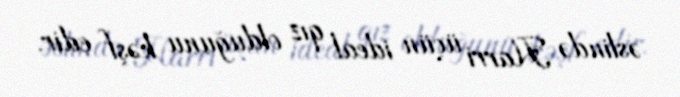
əslində Harri üçün ideal qız olduğunu kəşf edir.